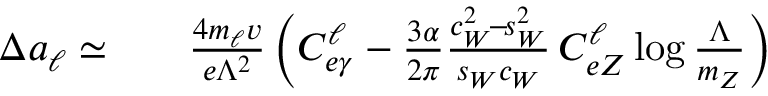
\begin{array} { r l r } { \Delta a _ { \ell } \simeq } & { { } } & { \frac { 4 m _ { \ell } v } { e \Lambda ^ { 2 } } \, \bigg ( C _ { e \gamma } ^ { \ell } - \frac { 3 \alpha } { 2 \pi } \frac { c _ { W } ^ { 2 } \! - \! s _ { W } ^ { 2 } } { s _ { W } c _ { W } } \, C _ { e Z } ^ { \ell } \log \frac { \Lambda } { m _ { Z } } \bigg ) } \end{array}